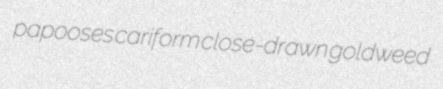
papooses cariform close-drawn goldweed